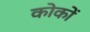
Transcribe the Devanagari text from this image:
कोकों